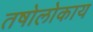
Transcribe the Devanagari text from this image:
तषोलोकाय